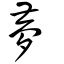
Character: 夢